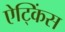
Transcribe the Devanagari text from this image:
ऐट्किंस